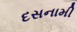
દસનામી